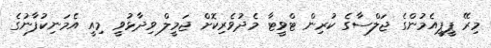
މިރޭ ޕީޕީއެމުންގެ ޖަލްސާގެ ކުރިން ޓްވީޓާ މެދުވެރިކޮށް ޖަމީލް ވިދާޅުވީ މިއީ އެމަނިކުފާނުގެ